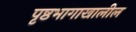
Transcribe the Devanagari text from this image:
पृ़ष्ठभागाखालील